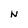
Character: N